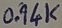
Text: 0.94K